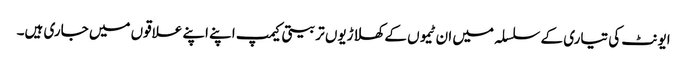
ایونٹ کی تیاری کے سلسلہ میں ان ٹیموں کے کھلاڑیوں تربیتی کیمپ اپنے اپنے علاقوں میں جاری ہیں۔